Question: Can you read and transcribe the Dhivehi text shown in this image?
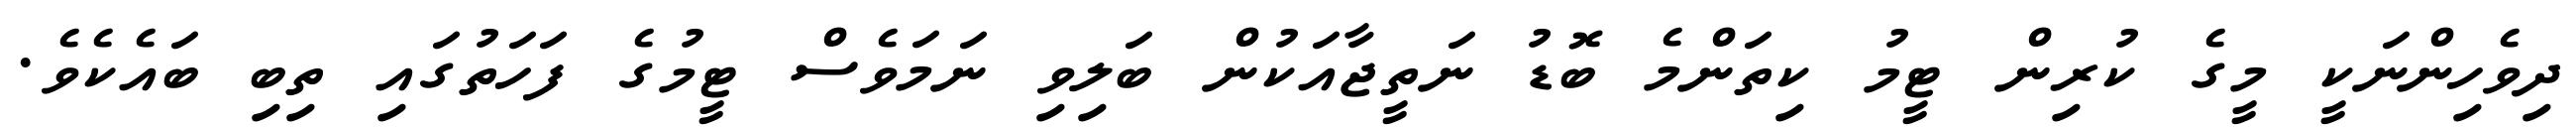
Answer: ދިވެހިންނަކީ މީގެ ކުރިން ޓީމު ކިތަންމެ ބޮޑު ނަތީޖާއަކުން ބަލިވި ނަމަވެސް ޓީމުގެ ފަހަތުގައި ތިބި ބައެކެވެ.